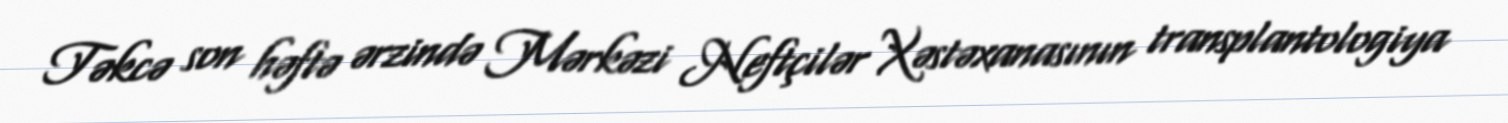
Təkcə son həftə ərzində Mərkəzi Neftçilər Xəstəxanasının transplantologiya